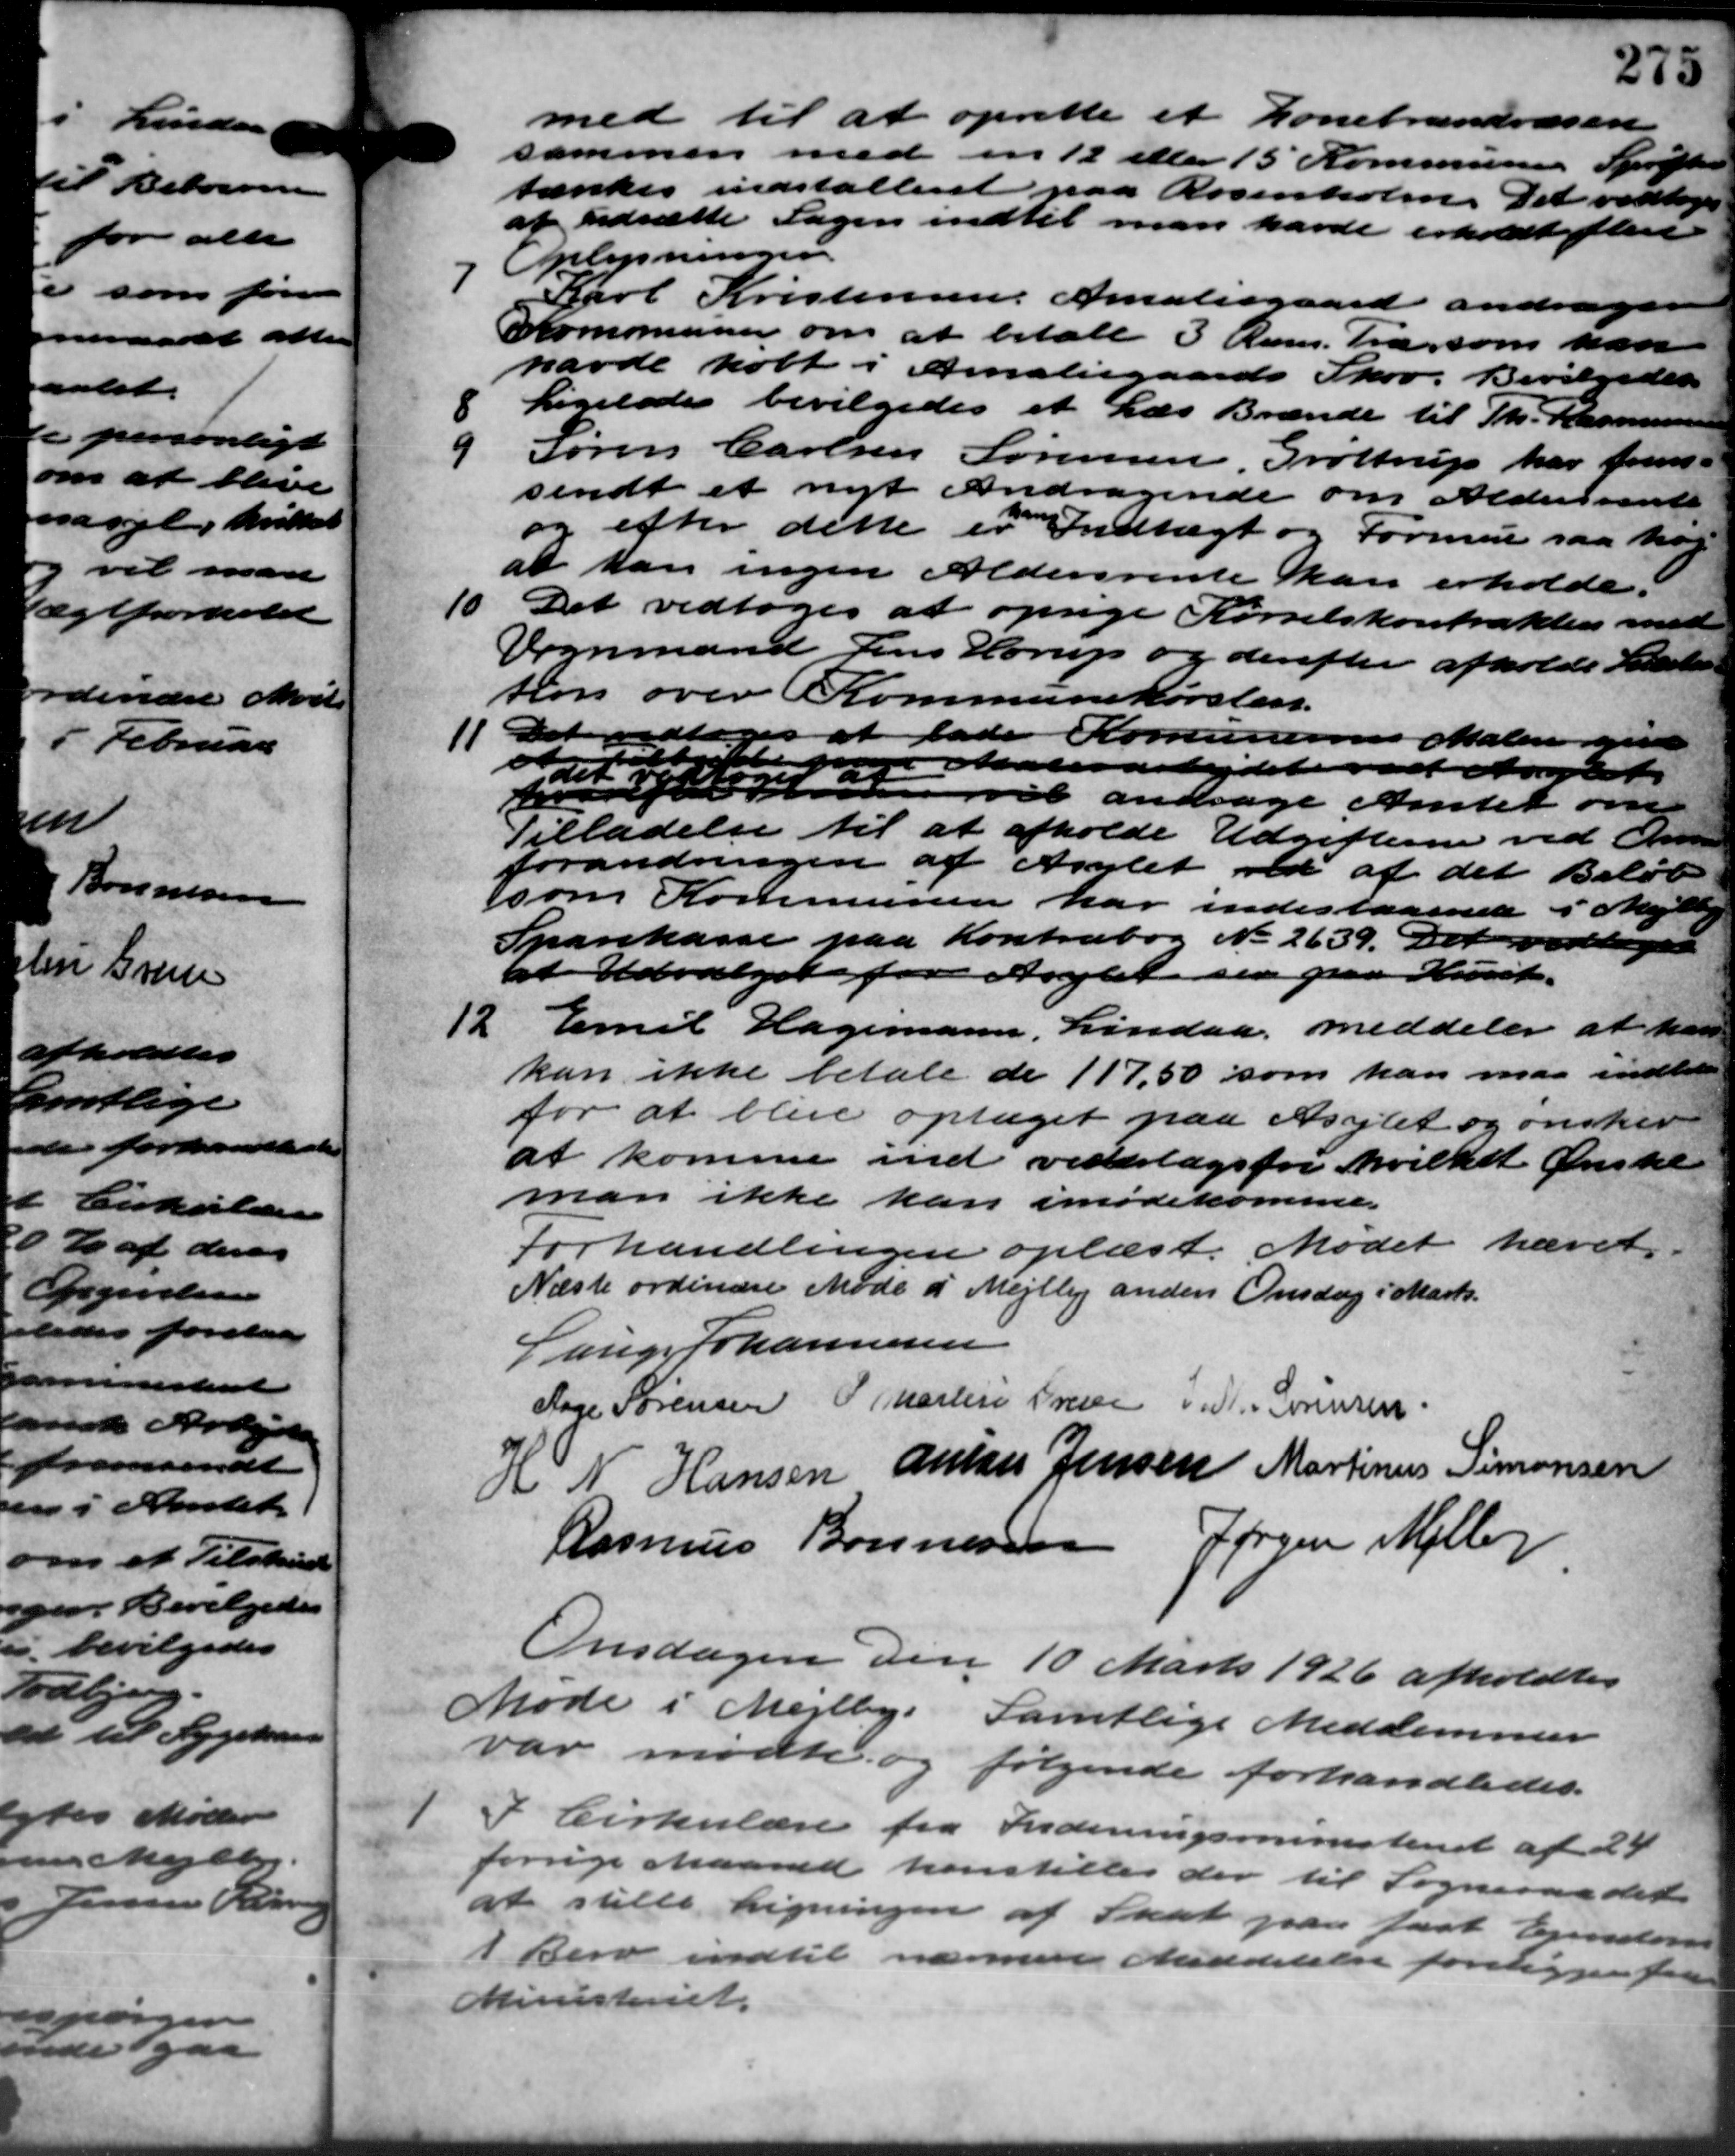
Transskription:
med til at oprette et Lonebrandvæsen
sammen med en 12 eller 15 Kommunen Sprøftensen
tænkes indstalteret paa Rosenholm. Det vedtoges
at udsætte Sagen indtil man havde erholdt flere
Oplysningen
7
Karl Kristensen, Amaliegaard andrager
Kommunen om at betale 3 Rum. Fra som han
havde holt i Amaliegaards Skov. Bevilgedes

Ligeledes bevilgedes et Læs Brænde til Th. Rasmussen
Søren Carlsen Sørensen Grøttrup har frem –
9
sendt et nyt Andragende om Aldersrente
og efter dette er Indtægt og Formue saa har
at han ingen Aldersrente kan erholde
10
Det vedtoges at opsige Kørselskontrakten med
Vognmand Jens Horup og derefter afholde Lister –
tion over Kommunekørsten.
11. Det vedtoges at lade Komunens Malere give
11. Det vedtoges at lade Komunens Malere give
Materarbejdet ved Amtet

tin Han vil andrage Amtet om
Tilladelse til at afholde Udgifterne ved Ome
forandringen af Asylet ved af det Beløb
som Kommunen har indestaaende i Mejlb
Sparekasse paa Kontrabog No 2639. Det vedtoges
at Udvalget for Asylet den paa Huset.
12
Emil Hagemann, Lindaa meddeler at han
kan ikke betale de 117,50 som han maa indbeta
for at blive optaget paa Asylet og ønsker
at komme ind vedlagsfri hvilket Ønske
man ikke kan imødekomme
Forhandlingen oplæst. Mødet hævet
Næste ordinære Møde i Mejlby anden Onsdag i Marts.
Lauge Johannesen
Aage Sørensen P. Martin Presse Th. Sørensen.
H N Hansen Anton Jensen Martinus Simonsen
Rasmus Bonnesen Jørgen Mølle
Onsdagen den 10 Marts 1926 afholdtes
Møde i Mejlby. Samtlige Medlemmer
var mødte og følgende forhandledes.

I Cirkulære fra Indenrigsministeriet af 24
forrige Maaned henstilles der til Sogneraadet
at stille Ligningen af Skat paa fast Ejendom
1 Bero indtil nærmere Meddelelse foreligger faa
inisteriet.